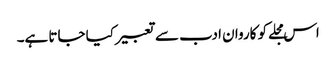
اس مجلے کو کاروان ادب سے تعبیر کیا جاتا ہے۔